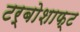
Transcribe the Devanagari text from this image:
टर्बोशाफ्ट